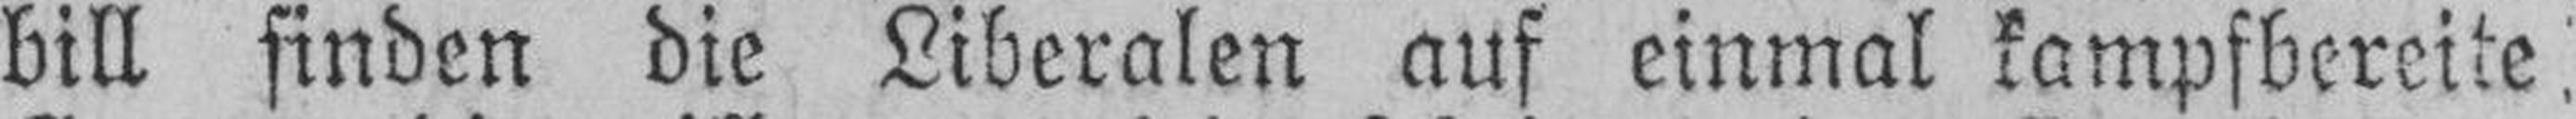
bill finden die Liberalen auf einmal kampfbereite